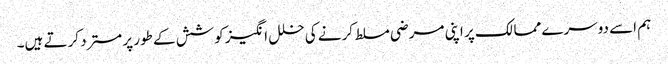
ہم اسے دوسرے ممالک پر اپنی مرضی مسلط کرنے کی خلل انگیز کوشش کے طور پر مسترد کرتے ہیں۔